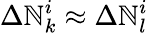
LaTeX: \Delta\mathbb{N}_{k}^{i}\approx\Delta\mathbb{N}_{l}^{i}